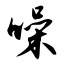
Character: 噪